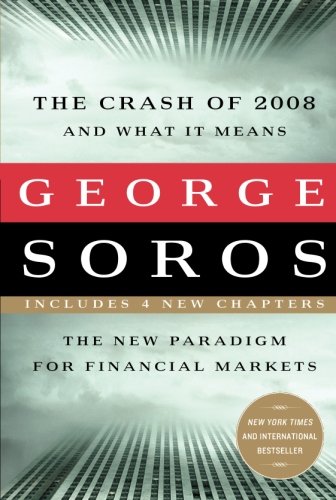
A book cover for The Crash of 2008 and What it Means: The New Paradigm for Financial Markets; George Soros; Business & Money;